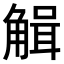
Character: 𧤏